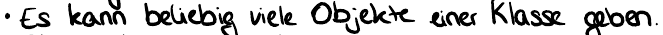
Es kann beliebig viele Objekte einer Klasse geben.